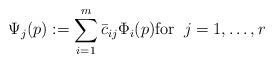
LaTeX: \begin{align*} \Psi_j(p) := \sum_{i=1}^m \bar{c}_{ij} \Phi_i(p) \mbox{for}\;\; j=1,\ldots,r \end{align*}